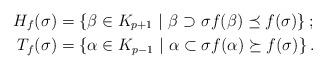
LaTeX: \begin{align*}H_f(\sigma) &= \left\lbrace \beta\in K_{p+1}\ |\ \beta\supset\sigma f(\beta)\preceq f(\sigma)\right\rbrace;\\T_f(\sigma) &= \left\lbrace \alpha\in K_{p-1}\ |\ \alpha\subset\sigma f(\alpha)\succeq f(\sigma)\right\rbrace.\end{align*}